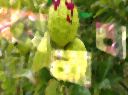
নালাব্য